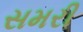
સમરી